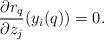
LaTeX: \begin{align*}\frac{\partial r_q}{\partial z_j}(y_i(q)) = 0.\end{align*}